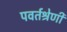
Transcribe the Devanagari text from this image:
पवर्तश्रेणी